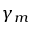
\gamma _ { m }